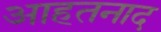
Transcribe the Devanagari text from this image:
आहतनाद